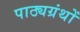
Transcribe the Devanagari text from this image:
पाठ्यग्रंथों